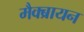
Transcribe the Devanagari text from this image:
मैक्ब्रायन